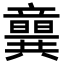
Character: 𥫈